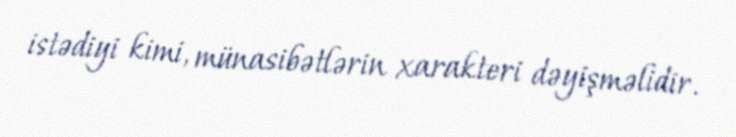
istədiyi kimi, münasibətlərin xarakteri dəyişməlidir.